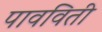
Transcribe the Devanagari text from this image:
पावविती